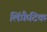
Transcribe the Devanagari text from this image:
लिंफ़ैटिक